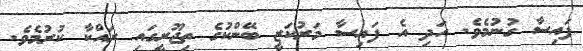
ފައިސާ ގުނުމެވެ. އަދި އެ ފައިސާ މަރުކަޒީ ބޭންކުގެ ތިޖޫރީގައި ރައްކާ ކުރުމެވެ.